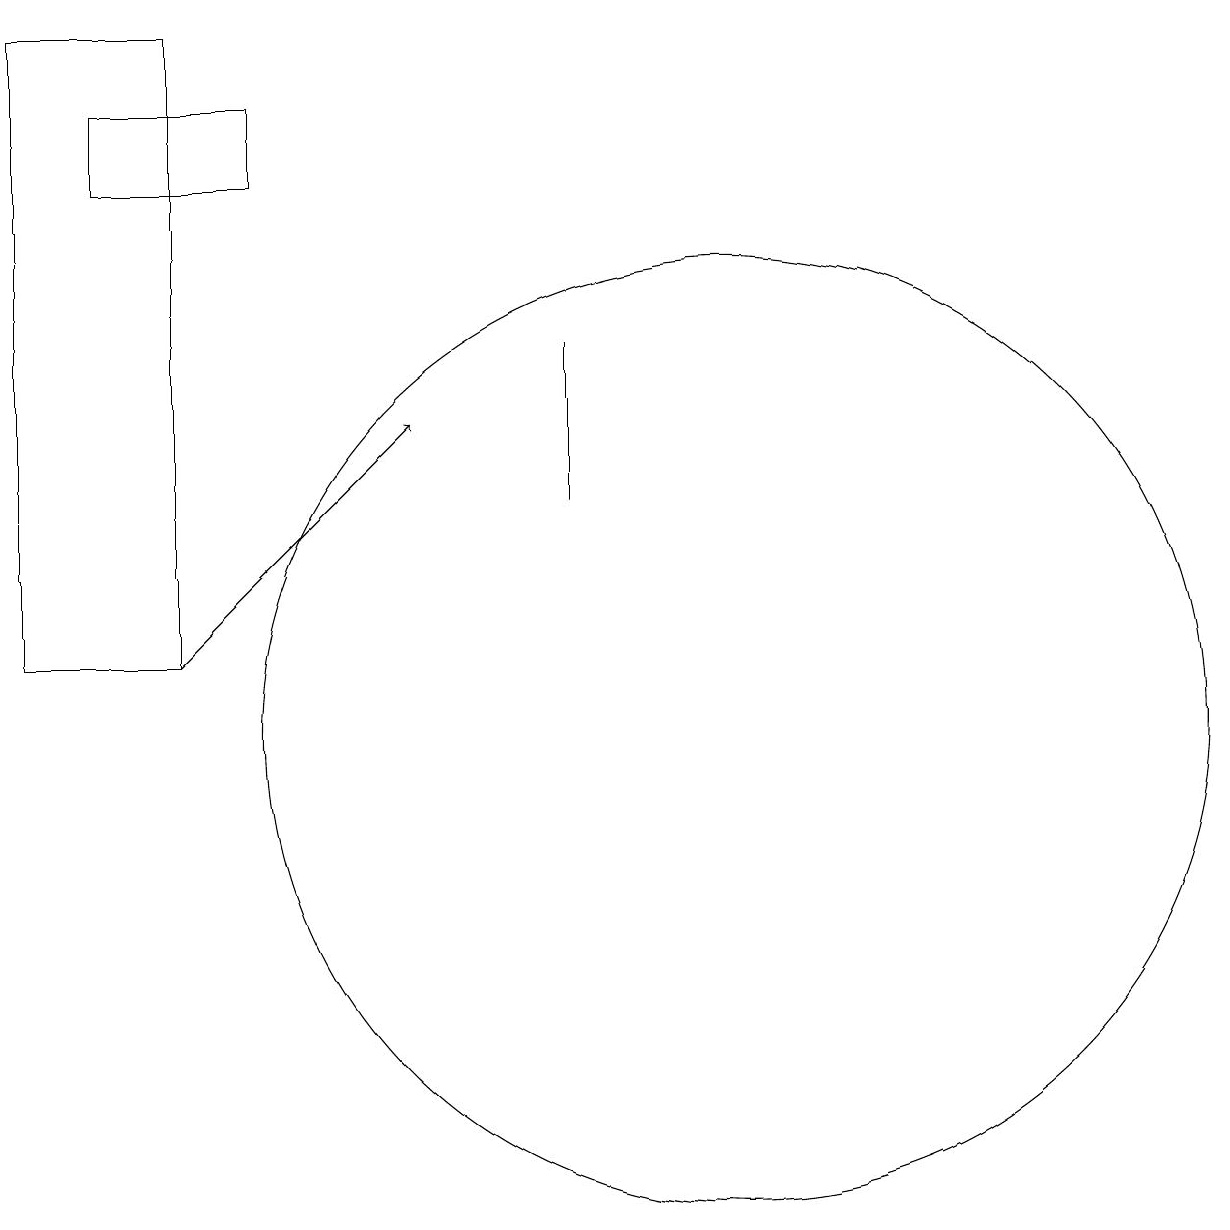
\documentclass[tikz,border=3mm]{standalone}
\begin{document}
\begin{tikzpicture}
\draw (11,10) circle (6);
\draw (4,19) rectangle (2,11);
\draw[->] (4,11) -- (7,14);
\draw (5,18) rectangle (3,17);
\draw (9,15) rectangle (9,13);
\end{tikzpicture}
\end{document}